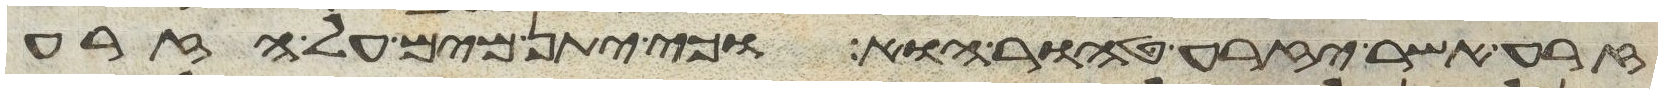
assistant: זרע אשר יזרע טהור הוא וכי יתן מים על הזרע